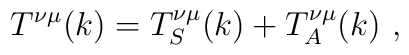
T^{\nu \mu}(k)=T^{\nu \mu}_S(k)+T^{\nu \mu}_A(k)\,\,,